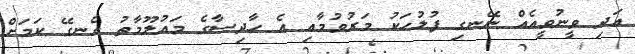
އަދި ވީނުވީއެއް ނޭނގި ފުލުހަކު މަރުވުމާއި އެ ހާދިސާގެ މައުލޫމާތު އެނގޭ ކަމަށް